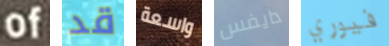
of قد واسعة دايفس فيوري